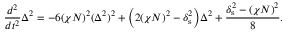
\frac { d ^ { 2 } } { d t ^ { 2 } } \Delta ^ { 2 } = - 6 ( \chi N ) ^ { 2 } ( \Delta ^ { 2 } ) ^ { 2 } + \Big ( 2 ( \chi N ) ^ { 2 } - \delta _ { \mathrm { s } } ^ { 2 } \Big ) \Delta ^ { 2 } + \frac { \delta _ { \mathrm { s } } ^ { 2 } - ( \chi N ) ^ { 2 } } { 8 } .